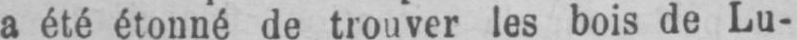
a été étonné de trouver les bois de Lu-